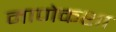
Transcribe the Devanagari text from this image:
माणेकशा